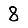
Digit: 8